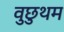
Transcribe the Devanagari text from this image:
वुछुथम